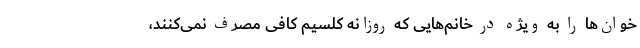
خوان‌ها را به ویژه در خانم‌هایی که روزانه کلسیم کافی مصرف نمی‌کنند،